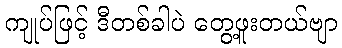
ကျုပ်ဖြင့် ဒီတစ်ခါပဲ တွေ့ဖူးတယ်ဗျာ